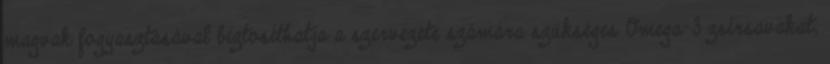
magvak fogyasztásával biztosíthatja a szervezete számára szükséges Omega-3 zsírsavakat,